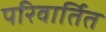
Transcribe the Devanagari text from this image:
परिवार्तित